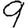
Digit: 9